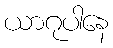
ယာဂုပါနေ